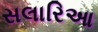
સલારિઆ